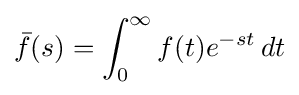
{\bar {f}}(s)=\int _{0}^{\infty }f(t)e^{-st}\,dt